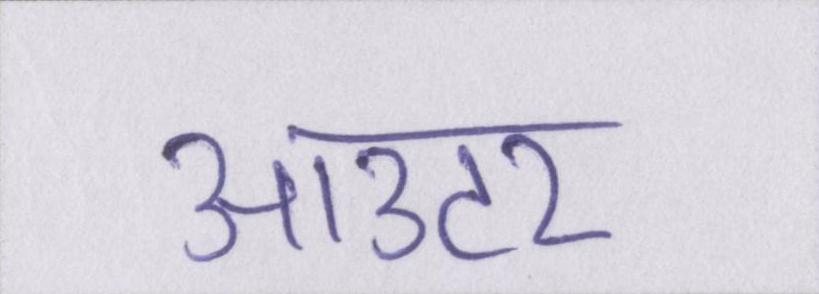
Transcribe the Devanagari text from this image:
आउटर